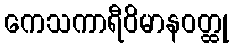
ကေသကာရီဝိမာနဝတ္ထု